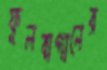
ফুলবাগানের